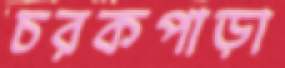
চরকপাড়া